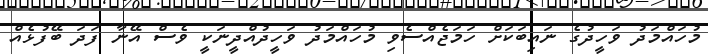
މުހައްމަދު ވަހީދުގެ ނައިބަކަށް ހަމަޖެއްސެވި މުހައްމަދު ވަހީދުއްދީނަކީ ވެސް އޭނާ ފަދަ ބޭފުޅެއް